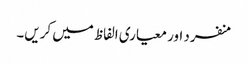
منفرد اور معیاری الفاظ میں کریں۔